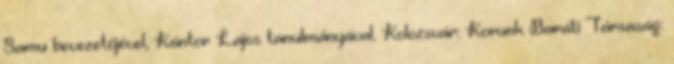
Samu bevezetőjével, Kántor Lajos tanulmányával. Kolozsvár: Korunk Baráti Társaság: